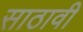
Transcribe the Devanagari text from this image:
साठावी